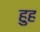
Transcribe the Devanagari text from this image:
हुह